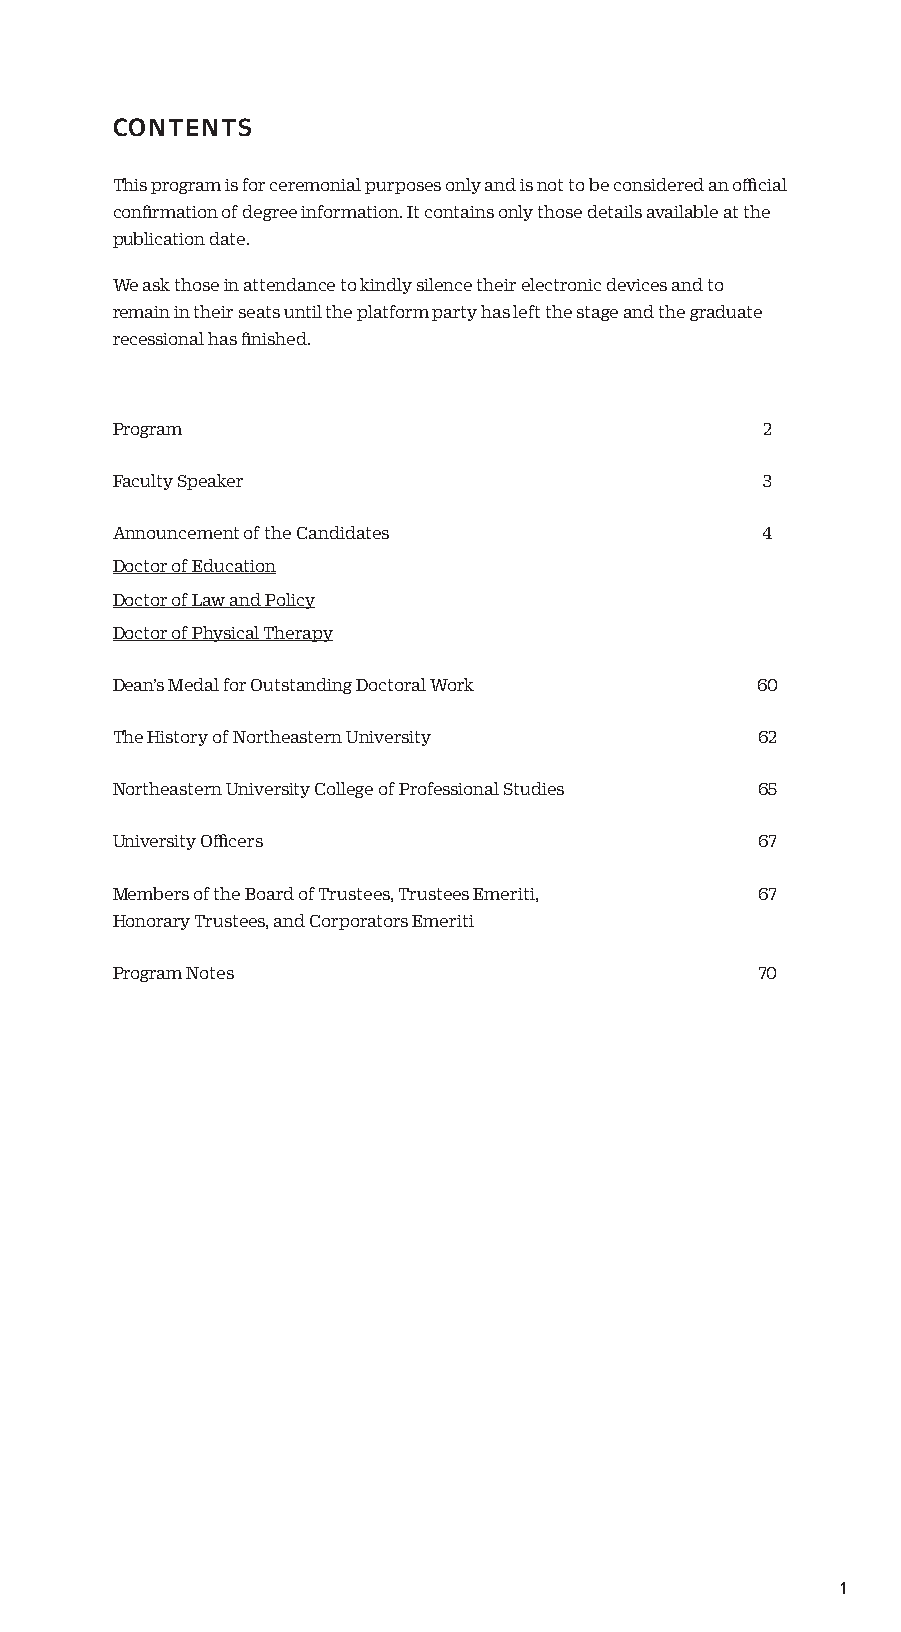
CONTENTS
 This program is for ceremonial purposes only and is not to be considered an official
 confirmation of degree information. It contains only those details available at the
 publication date.
 We ask those in attendance to kindly silence their electronic devices and to
 remain in their seats until the platform party has left the stage and the graduate
 recessional has finished.
 Program                                    2
 Faculty Speaker                            3
 Announcement of the Candidates             4
 Doctor of Education
 Doctor of Law and Policy
 Doctor of Physical Therapy
 Dean’s Medal for Outstanding Doctoral Work 60
 The History of Northeastern University     62
 Northeastern University College of Professional Studies 65
 University Officers                        67
 Members of the Board of Trustees, Trustees Emeriti, 67
 Honorary Trustees, and Corporators Emeriti
 Program Notes                              70
 1